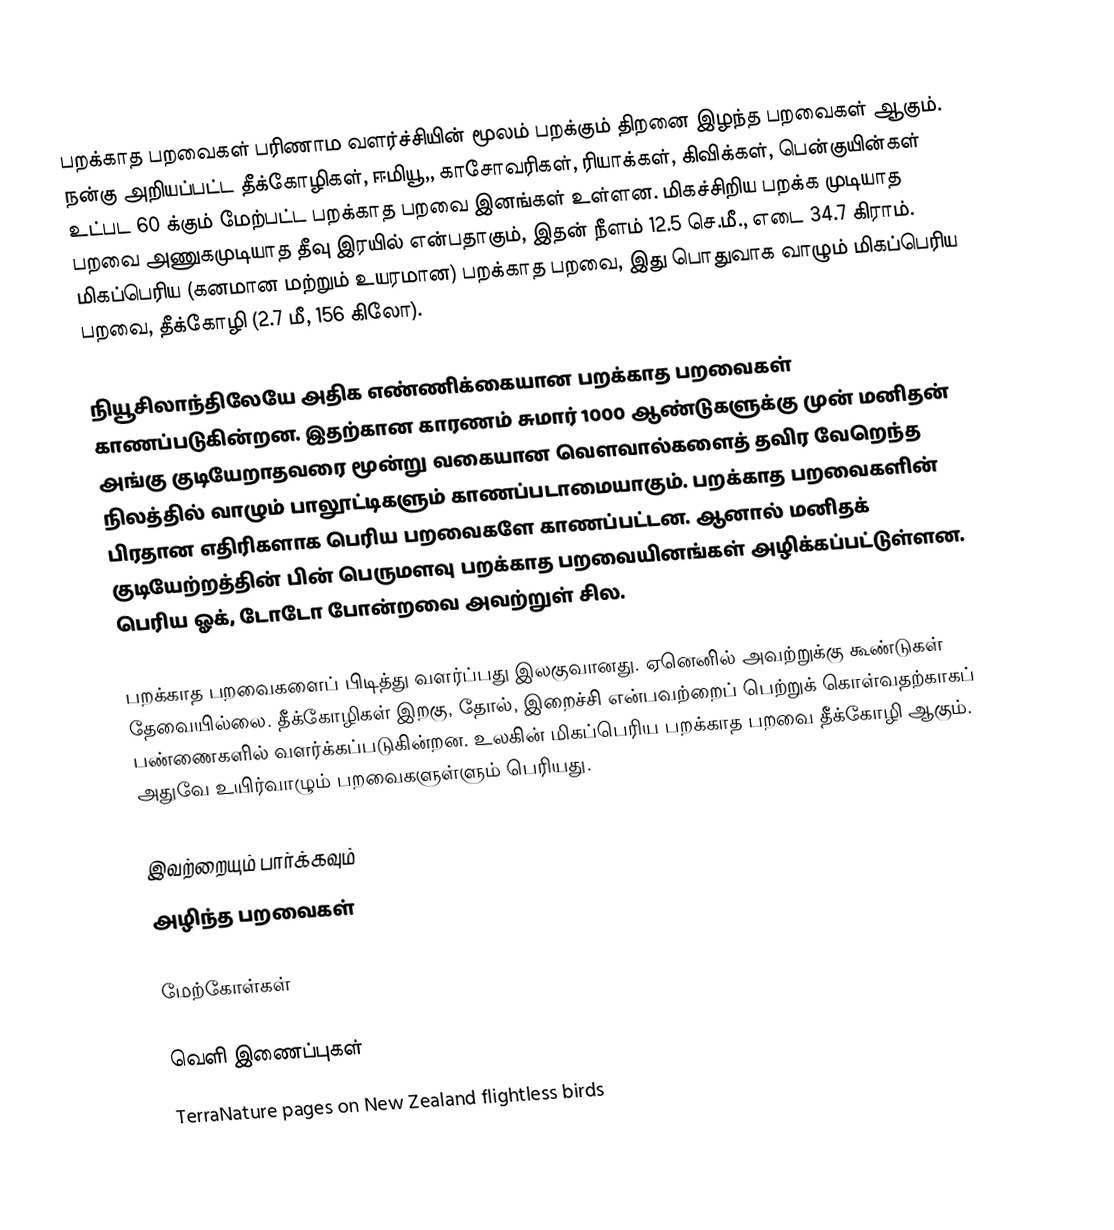
பறக்காத பறவைகள் பரிணாம வளர்ச்சியின் மூலம் பறக்கும் திறனை இழந்த பறவைகள் ஆகும். நன்கு அறியப்பட்ட தீக்கோழிகள், ஈமியூ,, காசோவரிகள், ரியாக்கள், கிவிக்கள், பென்குயின்கள் உட்பட 60 க்கும் மேற்பட்ட பறக்காத பறவை இனங்கள் உள்ளன. மிகச்சிறிய பறக்க முடியாத பறவை அணுகமுடியாத தீவு இரயில் என்பதாகும், இதன் நீளம் 12.5 செ.மீ., எடை 34.7 கிராம். மிகப்பெரிய (கனமான மற்றும் உயரமான) பறக்காத பறவை, இது பொதுவாக வாழும் மிகப்பெரிய பறவை, தீக்கோழி (2.7 மீ, 156 கிலோ).

நியூசிலாந்திலேயே அதிக எண்ணிக்கையான பறக்காத பறவைகள் காணப்படுகின்றன. இதற்கான காரணம் சுமார் 1000 ஆண்டுகளுக்கு முன் மனிதன் அங்கு குடியேறாதவரை மூன்று வகையான வௌவால்களைத் தவிர வேறெந்த நிலத்தில் வாழும் பாலூட்டிகளும் காணப்படாமையாகும். பறக்காத பறவைகளின் பிரதான எதிரிகளாக பெரிய பறவைகளே காணப்பட்டன. ஆனால் மனிதக் குடியேற்றத்தின் பின் பெருமளவு பறக்காத பறவையினங்கள் அழிக்கப்பட்டுள்ளன. பெரிய ஓக், டோடோ போன்றவை அவற்றுள் சில.

பறக்காத பறவைகளைப் பிடித்து வளர்ப்பது இலகுவானது. ஏனெனில் அவற்றுக்கு கூண்டுகள் தேவையில்லை. தீக்கோழிகள் இறகு, தோல், இறைச்சி என்பவற்றைப் பெற்றுக் கொள்வதற்காகப் பண்ணைகளில் வளர்க்கப்படுகின்றன. உலகின் மிகப்பெரிய பறக்காத பறவை தீக்கோழி ஆகும். அதுவே உயிர்வாழும் பறவைகளுள்ளும் பெரியது.

இவற்றையும் பார்க்கவும்
 அழிந்த பறவைகள்

மேற்கோள்கள்

வெளி இணைப்புகள்
 TerraNature pages on New Zealand flightless birds
 Kiwi in Te Ara – the Encyclopedia of New Zealand